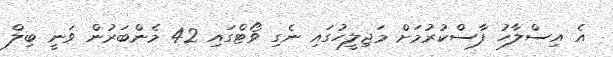
އެ އިސްލާހު ފާސްކުރުމަށް މަޖިލީހުގައި ނެގި ވޯޓްގައި 42 މެންބަރުން ވަނީ ބިލް